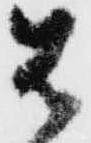
は